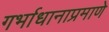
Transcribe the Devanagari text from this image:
गर्भाधानाप्रमाणे